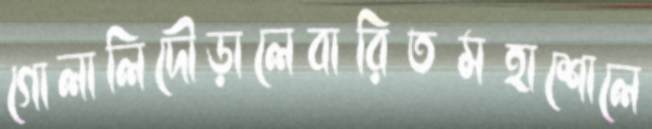
গোলালিদৌড়ালেবারিতমহাশোলে